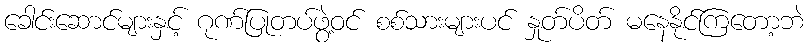
ခေါင်းဆောင်များနှင့် ဂုဏ်ပြုတပ်ဖွဲ့ဝင် စစ်သားများပင် နှုတ်ပိတ် မနေနိုင်ကြတော့ဘဲ